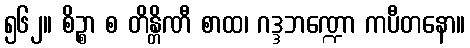
၅၆၂။ စိဉ္စာ စ တိန္တိဏီ စာထ၊ ဂဒ္ဒဘဏ္ဍော ကပီတနော။